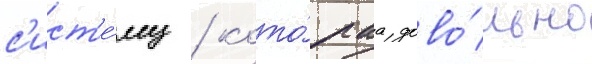
с'ист'е́му / кото́раа дово́льно